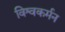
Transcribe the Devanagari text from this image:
विश्वकर्मन